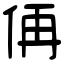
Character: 侢